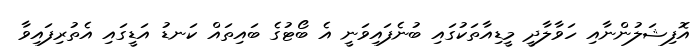
އޮފިޝަލުންނާއި ހަވާލާދީ މީޑިއާތަކުގައި ބުނެފައިވަނީ އެ ބޯޓުގެ ބައިތައް ކަނޑު އަޑީގައި އެތުރިފައިވާ